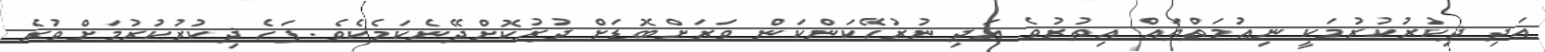
އަދި ޛިކުރުކުރުމަކީ ނިޢުމަތްތައް އިތުރުވެ އަދި ނުރުހޭކަންކަން ވަރަށްބޮޑަށް ދުރުކޮށްދޭނެކަމެކެވެ. ފަހެ ޛިކުރުކުރުމަށްވުރެ